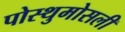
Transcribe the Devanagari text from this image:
पोस्थुमोसली